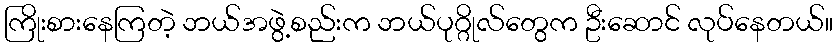
ကြိုးစားနေကြတဲ့ ဘယ်အဖွဲ့စည်းက ဘယ်ပုဂ္ဂိုလ်တွေက ဦးဆောင် လုပ်နေတယ်။